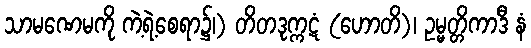
သာမဏေမကို ကဲ့ရဲ့စေရာ၌၊) တိတဒုက္ကဋံ (ဟောတိ)၊ ဥမ္မတ္တိကာဒီ နံ